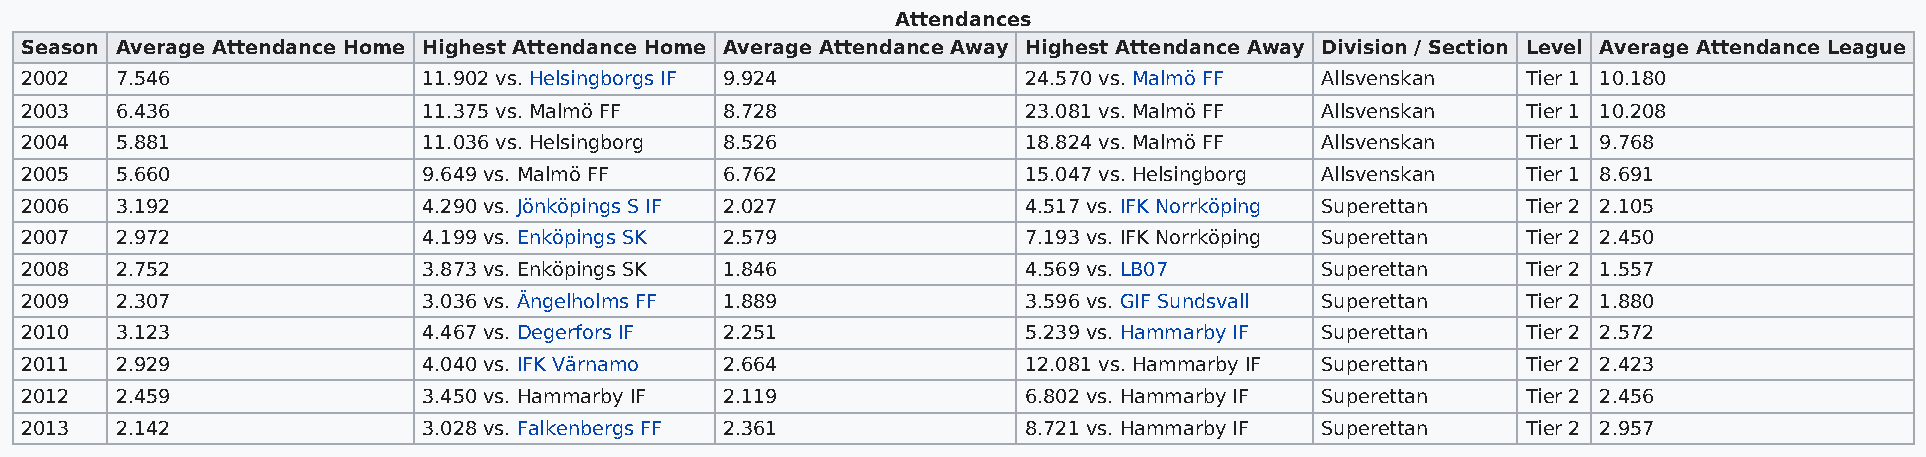
Attendances
 Season Average Attendance Home Highest Attendance Home Average Attendance Away Highest Attendance Away Division / Section Level Average Attendance League
 2002   7.546               11.902 vs. Helsingborgs IF 9.924        24.570 vs. Malmö FF Allsvenskan  Tier 1 10.180
 2003   6.436               11.375 vs. Malmö FF 8.728               23.081 vs. Malmö FF Allsvenskan  Tier 1 10.208
 2004   5.881               11.036 vs. Helsingborg 8.526            18.824 vs. Malmö FF Allsvenskan  Tier 1 9.768
 2005   5.660               9.649 vs. Malmö FF  6.762               15.047 vs. Helsingborg Allsvenskan Tier 1 8.691
 2006   3.192               4.290 vs. Jönköpings S IF 2.027         4.517 vs. IFK Norrköping Superettan Tier 2 2.105
 2007   2.972               4.199 vs. Enköpings SK 2.579            7.193 vs. IFK Norrköping Superettan Tier 2 2.450
 2008   2.752               3.873 vs. Enköpings SK 1.846            4.569 vs. LB07     Superettan    Tier 2 1.557
 2009   2.307               3.036 vs. Ängelholms FF 1.889           3.596 vs. GIF Sundsvall Superettan Tier 2 1.880
 2010   3.123               4.467 vs. Degerfors IF 2.251            5.239 vs. Hammarby IF Superettan Tier 2 2.572
 2011   2.929               4.040 vs. IFK Värnamo 2.664             12.081 vs. Hammarby IF Superettan Tier 2 2.423
 2012   2.459               3.450 vs. Hammarby IF 2.119             6.802 vs. Hammarby IF Superettan Tier 2 2.456
 2013   2.142               3.028 vs. Falkenbergs FF 2.361          8.721 vs. Hammarby IF Superettan Tier 2 2.957